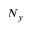
N _ { y }